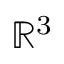
\mathbb { R } ^ { 3 }